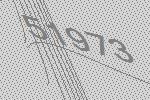
51973